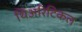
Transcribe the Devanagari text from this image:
थिअरिटिकल